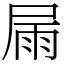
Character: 屚